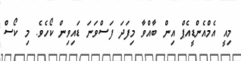
މިއީ އެމްއެންޑީއެޕް އިން ބާއްވާ މިފަދަ ފަސްވަނަ ޑައިވިން ކޯހެވެ. މި ކޯސް